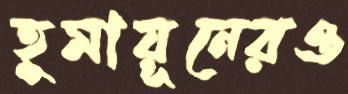
হুমায়ূনেরও